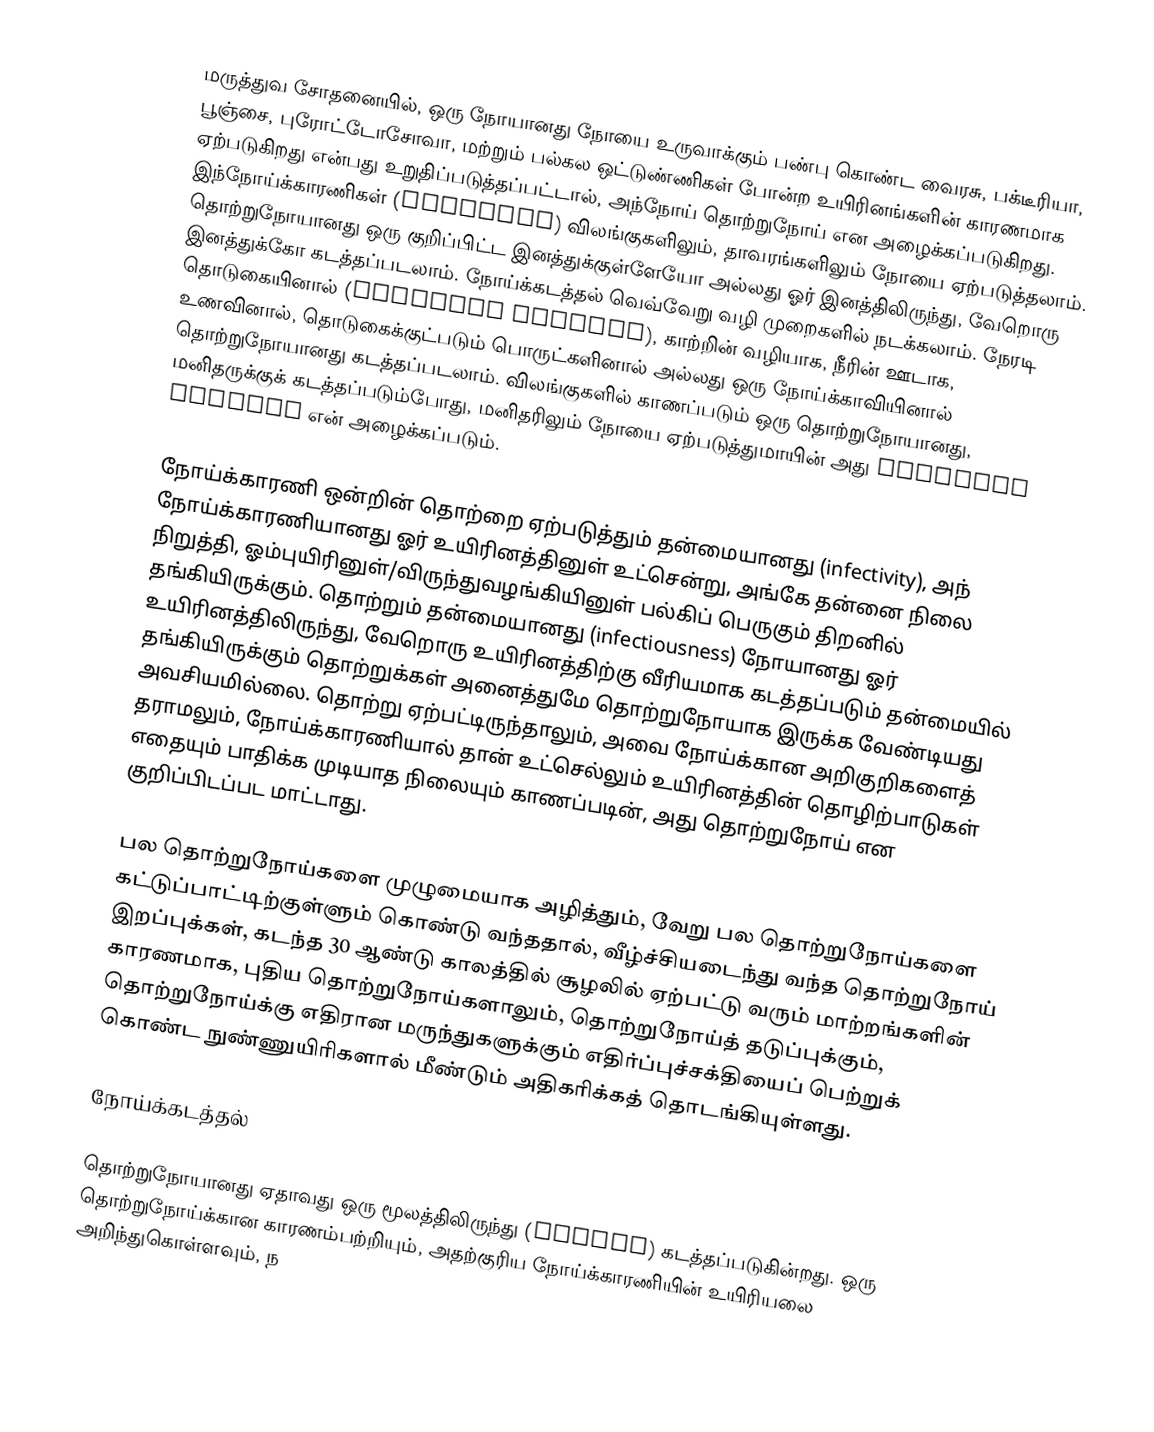
மருத்துவ சோதனையில், ஒரு நோயானது நோயை உருவாக்கும் பண்பு கொண்ட வைரசு, பக்டீரியா, பூஞ்சை, புரோட்டோசோவா, மற்றும் பல்கல ஒட்டுண்ணிகள் போன்ற உயிரினங்களின் காரணமாக ஏற்படுகிறது என்பது உறுதிப்படுத்தப்பட்டால், அந்நோய் தொற்றுநோய் என அழைக்கப்படுகிறது. இந்நோய்க்காரணிகள் (pathogen) விலங்குகளிலும், தாவரங்களிலும் நோயை ஏற்படுத்தலாம். தொற்றுநோயானது ஒரு குறிப்பிட்ட இனத்துக்குள்ளேயோ அல்லது ஓர் இனத்திலிருந்து, வேறொரு இனத்துக்கோ கடத்தப்படலாம்.  நோய்க்கடத்தல் வெவ்வேறு வழி முறைகளில் நடக்கலாம். நேரடி தொடுகையினால் (physical contact), காற்றின் வழியாக, நீரின் ஊடாக, உணவினால், தொடுகைக்குட்படும் பொருட்களினால் அல்லது ஒரு நோய்க்காவியினால் தொற்றுநோயானது கடத்தப்படலாம். விலங்குகளில் காணப்படும் ஒரு தொற்றுநோயானது, மனிதருக்குக் கடத்தப்படும்போது, மனிதரிலும் நோயை ஏற்படுத்துமாயின் அது Zoonotic disease என் அழைக்கப்படும்.

நோய்க்காரணி ஒன்றின் தொற்றை ஏற்படுத்தும் தன்மையானது (infectivity), அந் நோய்க்காரணியானது ஓர் உயிரினத்தினுள் உட்சென்று, அங்கே தன்னை நிலை நிறுத்தி, ஓம்புயிரினுள்/விருந்துவழங்கியினுள் பல்கிப் பெருகும் திறனில் தங்கியிருக்கும். தொற்றும் தன்மையானது (infectiousness) நோயானது ஓர் உயிரினத்திலிருந்து, வேறொரு உயிரினத்திற்கு வீரியமாக கடத்தப்படும் தன்மையில் தங்கியிருக்கும் தொற்றுக்கள் அனைத்துமே தொற்றுநோயாக இருக்க வேண்டியது அவசியமில்லை. தொற்று ஏற்பட்டிருந்தாலும், அவை நோய்க்கான அறிகுறிகளைத் தராமலும், நோய்க்காரணியால் தான் உட்செல்லும் உயிரினத்தின் தொழிற்பாடுகள் எதையும் பாதிக்க முடியாத நிலையும் காணப்படின், அது தொற்றுநோய் என குறிப்பிடப்பட மாட்டாது.

பல தொற்றுநோய்களை முழுமையாக அழித்தும், வேறு பல தொற்றுநோய்களை கட்டுப்பாட்டிற்குள்ளும் கொண்டு வந்ததால், வீழ்ச்சியடைந்து வந்த தொற்றுநோய் இறப்புக்கள், கடந்த 30 ஆண்டு காலத்தில் சூழலில் ஏற்பட்டு வரும் மாற்றங்களின் காரணமாக, புதிய தொற்றுநோய்களாலும், தொற்றுநோய்த் தடுப்புக்கும், தொற்றுநோய்க்கு எதிரான மருந்துகளுக்கும் எதிர்ப்புச்சக்தியைப் பெற்றுக் கொண்ட நுண்ணுயிரிகளால் மீண்டும் அதிகரிக்கத் தொடங்கியுள்ளது.

நோய்க்கடத்தல்

தொற்றுநோயானது ஏதாவது ஒரு மூலத்திலிருந்து (source) கடத்தப்படுகின்றது. ஒரு தொற்றுநோய்க்கான காரணம்பற்றியும், அதற்குரிய நோய்க்காரணியின் உயிரியலை அறிந்துகொள்ளவும், ந